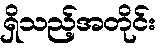
ရှိသည့်အတိုင်း